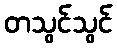
တသွင်သွင်